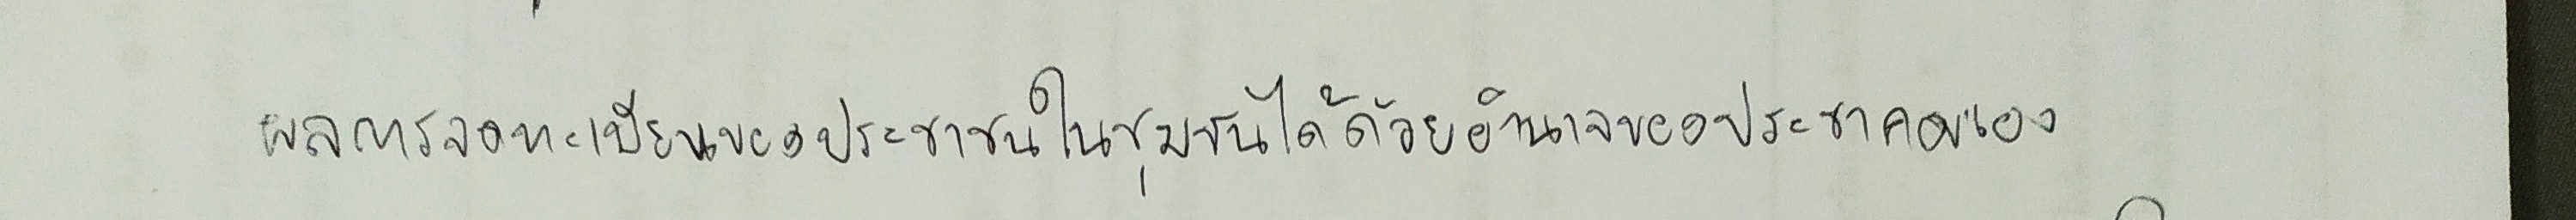
ผลการจดทะเบียนของประชาชนในชุมชนได้ด้วยอำนาจของประชาคมเอง